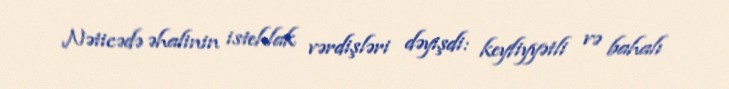
Nəticədə əhalinin istehlak vərdişləri dəyişdi: keyfiyyətli və bahalı